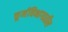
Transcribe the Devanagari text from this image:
कूर्मविभागातील